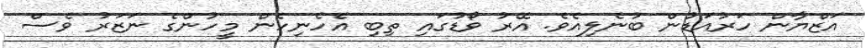
އަޒްޔާން ހަރުއަޑުން ބުނެލިއެވެ. އޭރު ވޯޑުގައި ތިބި އެހެނިހެން މީހުންގެ ނަޒަރު ވެސް